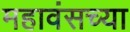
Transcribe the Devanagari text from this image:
महावंसच्या